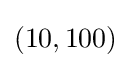
(10,100)